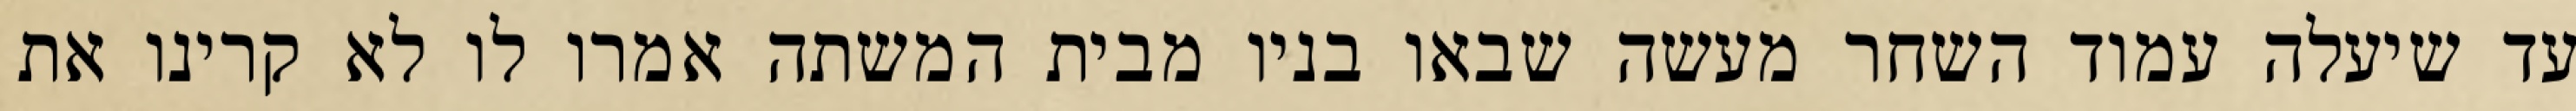
עד שיעלה עמוד השחר מעשה שבאו בניו מבית המשתה אמרו לו לא קרינו את